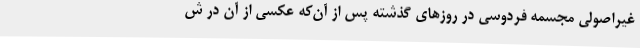
غیراصولی مجسمه فردوسی در روزهای گذشته پس از آن‌که عکسی از آن در ش